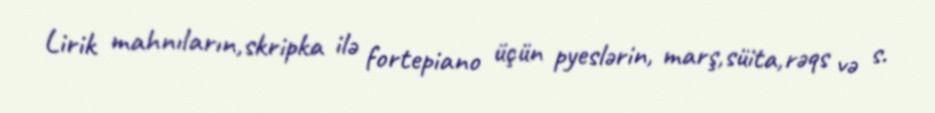
Lirik mahnıların,skripka ilə fortepiano üçün pyeslərin, marş,süita,rəqs və s.